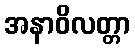
အနာဝိလတ္တာ